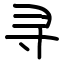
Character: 寻